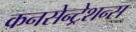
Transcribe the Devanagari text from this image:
कनसेन्ट्रेशन्स